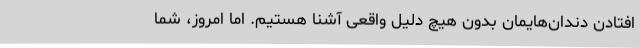
افتادن دندان‌هایمان بدون هیچ دلیل واقعی آشنا هستیم. اما امروز، شما